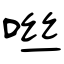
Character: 咝